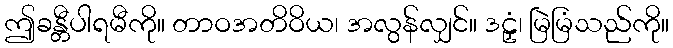
ဤခန္တီပါရမီကို။ တာဝအတိဝိယ၊ အလွန်လျှင်။ ဒဠှံ၊ မြဲမြံသည်ကို။